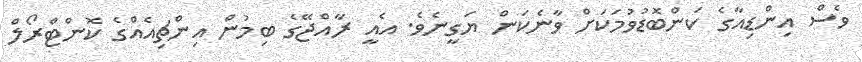
ވެސް އިންޑިއާގެ ކަންބޮޑުވުމަކަށް ވާނެކަން ޔަގީނެވެ. އެއީ ރާއްޖޭގެ ބިމުން އިންޗިއެއްގެ ކޮންޓްރޯލް